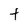
Character: f